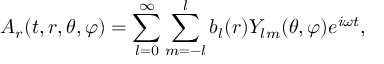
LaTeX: A _ { r } ( t , r , \theta , \varphi ) = \sum _ { l = 0 } ^ { \infty } \sum _ { m = - l } ^ { l } b _ { l } ( r ) Y _ { l m } ( \theta , \varphi ) e ^ { i \omega t } ,